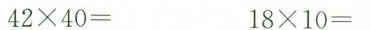
$$4 2 \times 4 0 =$$ $$1 8 \times 1 0 =$$